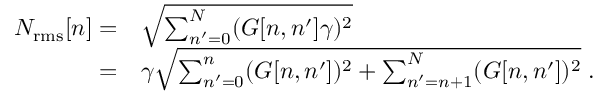
\begin{array} { r l } { N _ { \mathrm { r m s } } [ n ] = } & { \sqrt { \sum _ { n ^ { \prime } = 0 } ^ { N } ( G [ n , n ^ { \prime } ] \gamma ) ^ { 2 } } } \\ { = } & { \gamma \sqrt { \sum _ { n ^ { \prime } = 0 } ^ { n } ( G [ n , n ^ { \prime } ] ) ^ { 2 } + \sum _ { n ^ { \prime } = n + 1 } ^ { N } ( G [ n , n ^ { \prime } ] ) ^ { 2 } } \; . } \end{array}